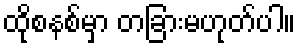
ထိုစနစ်မှာ တခြားမဟုတ်ပါ။